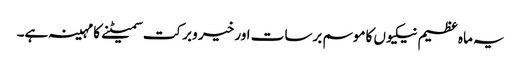
یہ ماہ عظیم نیکیوں کاموسم برسات اور خیر وبرکت سمیٹنے کا مہینہ ہے۔